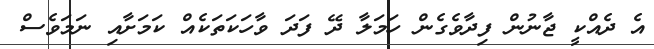
އެ ދެއްކީ ޖާނުން ފިދާވެގެން ހަމަލާ ދޭ ފަދަ ވާހަކަތަކެއް ކަމަށާއި ނަަމަވެސް